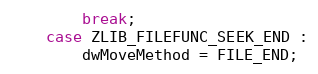
Language: C
        break;
    case ZLIB_FILEFUNC_SEEK_END :
        dwMoveMethod = FILE_END;